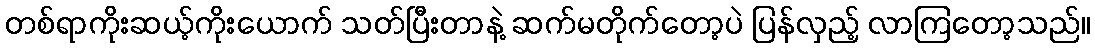
တစ်ရာကိုးဆယ့်ကိုးယောက် သတ်ပြီးတာနဲ့ ဆက်မတိုက်တော့ပဲ ပြန်လှည့် လာကြတော့သည်။